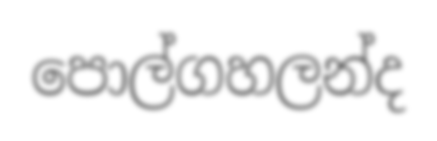
පොල්ගහලන්ද